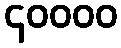
၄၀၀၀၀